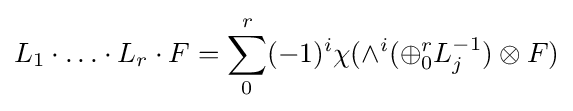
L_{1}\cdot {\dots }\cdot L_{r}\cdot F=\sum _{0}^{r}(-1)^{i}\chi (\wedge ^{i}(\oplus _{0}^{r}L_{j}^{-1})\otimes F)